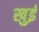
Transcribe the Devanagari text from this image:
खुई